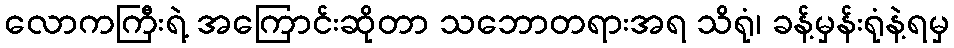
လောကကြီးရဲ့ အကြောင်းဆိုတာ သဘောတရားအရ သိရုံ၊ ခန့်မှန်းရုံနဲ့ရမှ